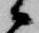
候